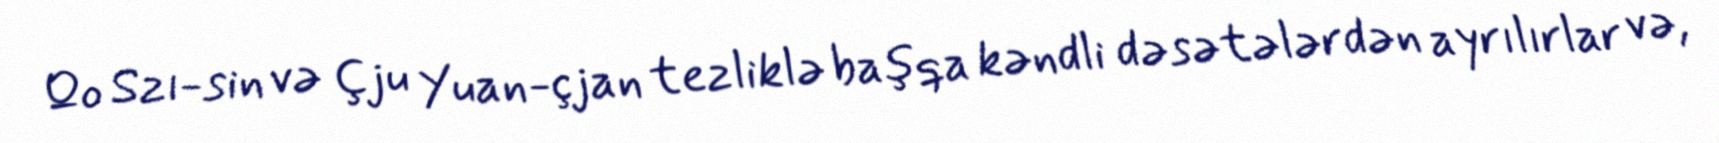
Qo Szı-sin və Çju Yuan-çjan tezliklə başqa kəndli dəsətələrdən ayrılırlar və,